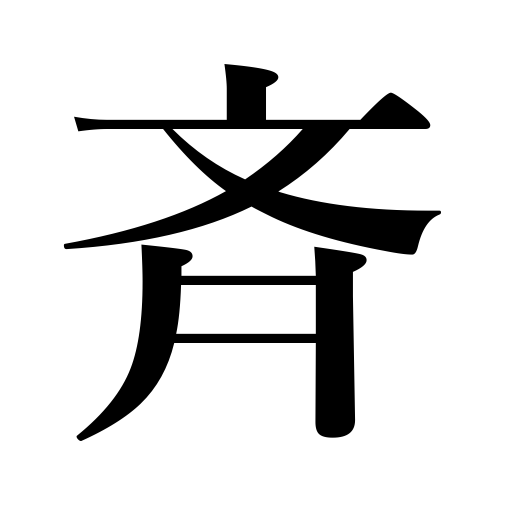
Meanings: equal,similar